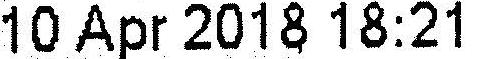
10 APR 2018 18:21